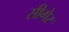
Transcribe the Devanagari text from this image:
सीगेर